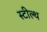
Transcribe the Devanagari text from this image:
स्‍टील्‍थ